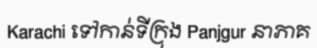
Karachi ទៅកាន់ទីក្រុង Panjgur នាភាគ